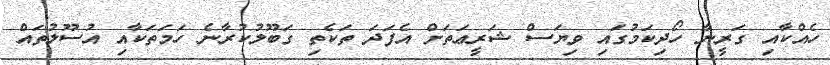
ހެއްކާއި ގަރީނާ ހޯދިކަމުގައި ވިޔަސް ޝަރީޢަތަށް އެފަދަ ތަކެތި ގަބޫލުކުރާނެ ހަމަތަކާއި އުސޫލުތައް